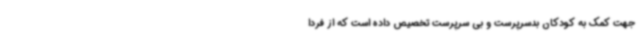
جهت کمک به کودکان بدسرپرست و بی سرپرست تخصیص داده است که از فردا